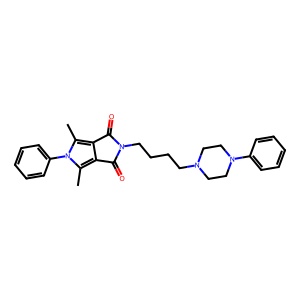
SMILES: Cc1c2c(c(C)n1-c1ccccc1)C(=O)N(CCCCN1CCN(c3ccccc3)CC1)C2=O
Inhibits HIV replication: No